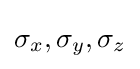
\sigma _{x},\sigma _{y},\sigma _{z}